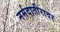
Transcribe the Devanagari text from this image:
नर्मदातीरावर